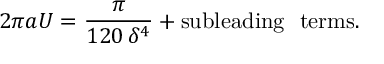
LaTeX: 2 \pi a U = \frac { \pi } { 1 2 0 \, \delta ^ { 4 } } + \mathrm { s u b l e a d i n g ~ ~ t e r m s } .